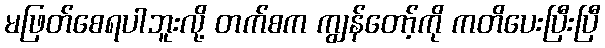
မဖြတ်စေရပါဘူးလို့ တက်စက ကျွန်တော့်ကို ကတိပေးပြီးပြီ